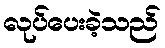
လုပ်ပေးခဲ့သည်